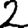
Digit: 2